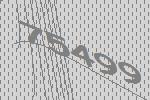
75499